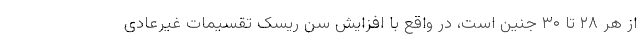
از هر ۲۸ تا ۳۰ جنین است، در واقع با افزایش سن ریسک تقسیمات غیرعادی